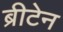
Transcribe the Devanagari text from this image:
ब्रीटेन